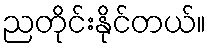
ညတိုင်းနိုင်တယ်။